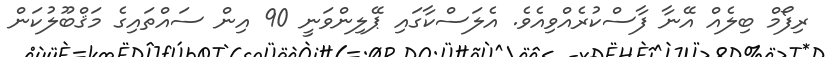
ރިފޯމް ބިލެއް އޭނާ ފާސްކުރެއްވިއެވެ. އެލަސްކާގައި ޕޭލިންވަނީ 90 އިން ސައްތައިގެ މަޤްބޫލުކަން